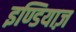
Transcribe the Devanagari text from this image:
इण्डियाज़